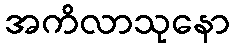
အကိလာသုနော